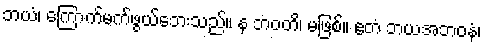
ဘယံ၊ ကြောက်မက်ဖွယ်ဘေးသည်။ န ဘဝတိ၊ မဖြစ်။ ဧတံ ဘယအဘဝနံ၊